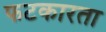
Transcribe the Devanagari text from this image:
फटकारता